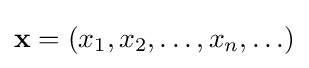
\mathbf {x} =\left(x_{1},x_{2},\ldots ,x_{n},\ldots \right)